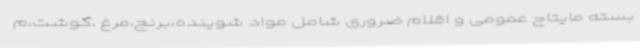
بسته مایتاج عمومی و اقلام ضروری شامل مواد شوینده،برنج،مرغ ،گوشت،م